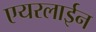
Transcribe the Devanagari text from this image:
एयरलाईन